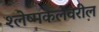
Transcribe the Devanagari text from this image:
श्लेष्मकलेवरील